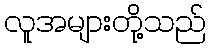
လူအများတို့သည်